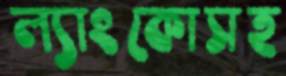
ল্যাংকোসহ